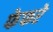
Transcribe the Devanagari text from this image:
फेफरे